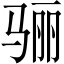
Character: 骊